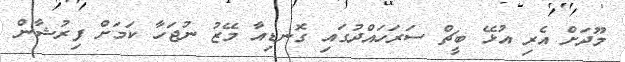
މޫދަށް އެރި އުޅޭ ބީޗް ސަރަހައްދުގައި ގޮނޑިއާ މޭޒު ނުޖަހާ ކަމަށް ފިރުޝާން